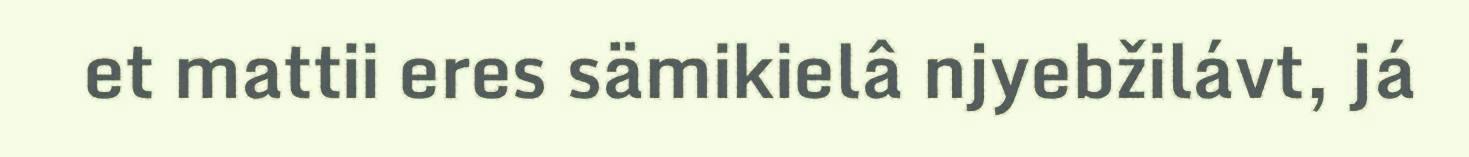
et mattii eres sämikielâ njyebžilávt, já